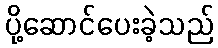
ပို့ဆောင်ပေးခဲ့သည်